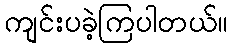
ကျင်းပခဲ့ကြပါတယ်။